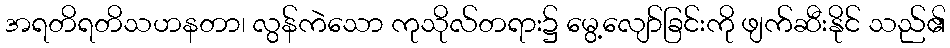
အရတိရတိသဟနတာ၊ လွန်ကဲသော ကုသိုလ်တရား၌ မွေ့လျော်ခြင်းကို ဖျက်ဆီးနိုင် သည်၏